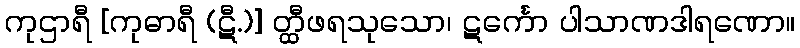
ကုဌာရီ [ကုဓာရီ (ဋီ.)] တ္ထီဖရသုသော၊ ဋင်္ကော ပါသာဏဒါရဏော။